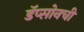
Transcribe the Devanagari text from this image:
डॅप्सोनची